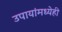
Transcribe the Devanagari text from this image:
उपायांमध्येही